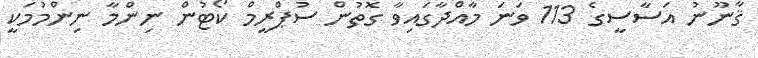
ޤާނޫނު އަސާސީގެ 113 ވަނަ މާއްދާގައިވާ ގޮތުން ސުޕްރީމް ކޯޓުން ނިންމާ ނިންމުމަކީ